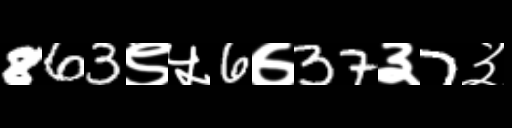
Text: 863९५6७37३7३